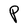
Character: P